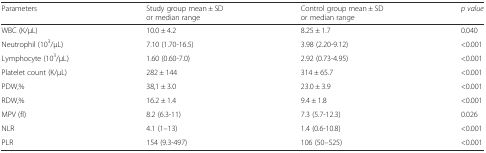
<table><thead><tr><td><b>Parameters</b></td><td><b>Study group mean ± SD or median range</b></td><td><b>Control group mean ± SD or median range</b></td><td><b><i>p value</i></b></td></tr></thead><tbody><tr><td>WBC (K/μL)</td><td>10.0 ± 4.2</td><td>8.25 ± 1.7</td><td>0.040</td></tr><tr><td>Neutrophil (10<sup>3</sup>/μL)</td><td>7.10 (1.70-16.5)</td><td>3.98 (2.20-9.12)</td><td>&lt;0.001</td></tr><tr><td>Lymphocyte (10<sup>3</sup>/μL)</td><td>1.60 (0.60-7.0)</td><td>2.92 (0.73-4.95)</td><td>&lt;0.001</td></tr><tr><td>Platelet count (K/μL)</td><td>282 ± 144</td><td>314 ± 65.7</td><td>&lt;0.001</td></tr><tr><td>PDW,%</td><td>38,1 ± 3.0</td><td>23.0 ± 3.9</td><td>&lt;0.001</td></tr><tr><td>RDW,%</td><td>16.2 ± 1.4</td><td>9.4 ± 1.8</td><td>&lt;0.001</td></tr><tr><td>MPV (fl)</td><td>8.2 (6.3-11)</td><td>7.3 (5.7-12.3)</td><td>0.026</td></tr><tr><td>NLR</td><td>4.1 (1–13)</td><td>1.4 (0.6-10.8)</td><td>&lt;0.001</td></tr><tr><td>PLR</td><td>154 (9.3-497)</td><td>106 (50–525)</td><td>&lt;0.001</td></tr></tbody></table>